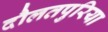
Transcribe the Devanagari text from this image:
दौलतपुरिया